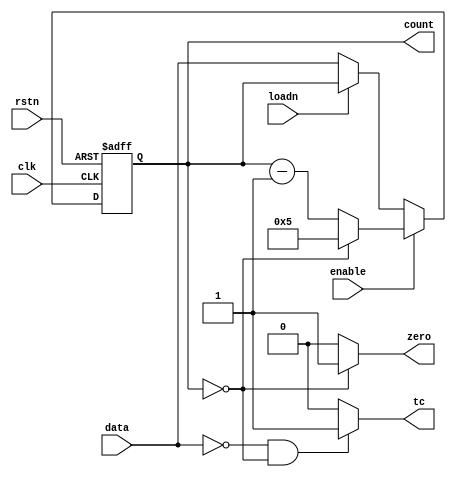
module counter6 (enable, clk, data, rstn, loadn, count, tc, zero);

    input [3:0] data;
    input clk, rstn, loadn, enable;

    output reg [3:0] count;
    output wire tc, zero;

    assign tc = (data == 4'd0 && count == 4'd0) ? 1'b1 : 1'b0;
    assign zero = (count == 4'd0) ? 1'b1 : 1'b0;

    initial begin
        count = 4'd0;
    end

    always @(posedge clk, negedge rstn) begin
        // reset (clear) em nivel baixo (entrada assncrona)
        if (~rstn) begin
            count <= 4'd0;
        end else begin
            // enable nivel alto
            if (enable) begin
                // contagem decrescente (mod 6)
                if (count == 4'd0) begin
                    count <= 4'd5;
                end else begin
                    count <= count - 4'd1;
                end

            end else if (~loadn) begin
                count <= data;
            end
        end
    end

endmodule